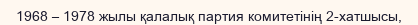
1968 – 1978 жылы қалалық партия комитетінің 2-хатшысы,